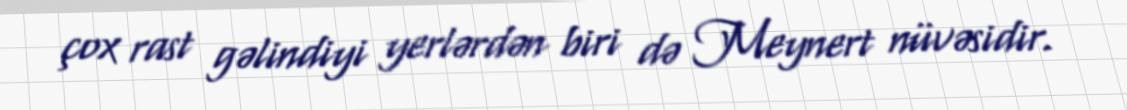
çox rast gəlindiyi yerlərdən biri də Meynert nüvəsidir.